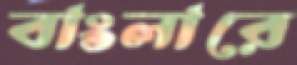
বাংলারে